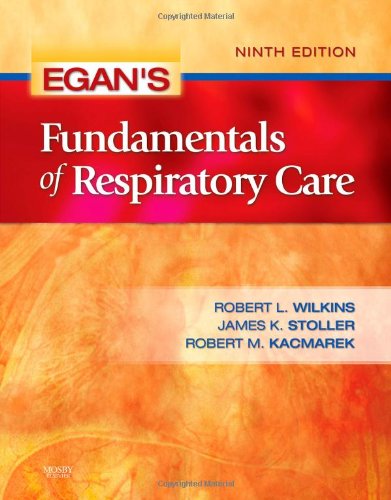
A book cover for Egan's Fundamentals of Respiratory Care, 9e; Robert M. Kacmarek PhD  RRT  FAARC; Medical Books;